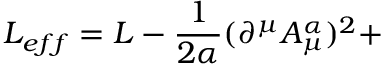
{ \cal L } _ { e f f } = { \cal L } - \frac 1 { 2 \alpha } ( \partial ^ { \mu } A _ { \mu } ^ { \alpha } ) ^ { 2 } +